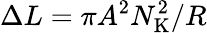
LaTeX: \Delta L=\pi A^{2}N_{\mathrm{K}}^{2}/R